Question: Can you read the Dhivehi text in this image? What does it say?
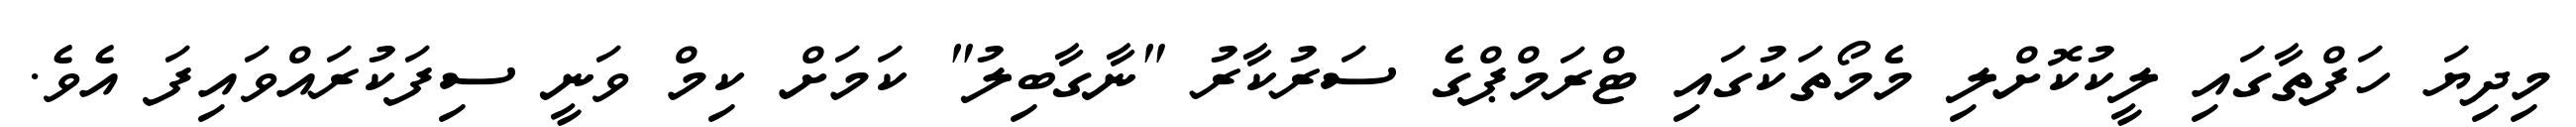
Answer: މިދިޔަ ހަފްތާގައި ލީކުކޮށްލި މެމޯތަކުގައި ޓްރަމްޕްގެ ސަރުކާރު "ނާގާބިލު" ކަމަށް ކިމް ވަނީ ސިފަކުރައްވައިފަ އެވެ.